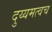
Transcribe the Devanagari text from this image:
दुय्यमत्वच